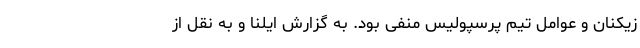
زیکنان و عوامل تیم پرسپولیس منفی بود. به گزارش‌ ایلنا و به نقل از